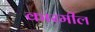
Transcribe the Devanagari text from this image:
कारमील